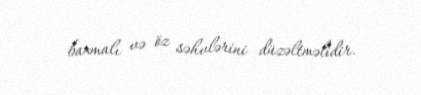
baxmalı və öz səhvlərini düzəltməlidir.